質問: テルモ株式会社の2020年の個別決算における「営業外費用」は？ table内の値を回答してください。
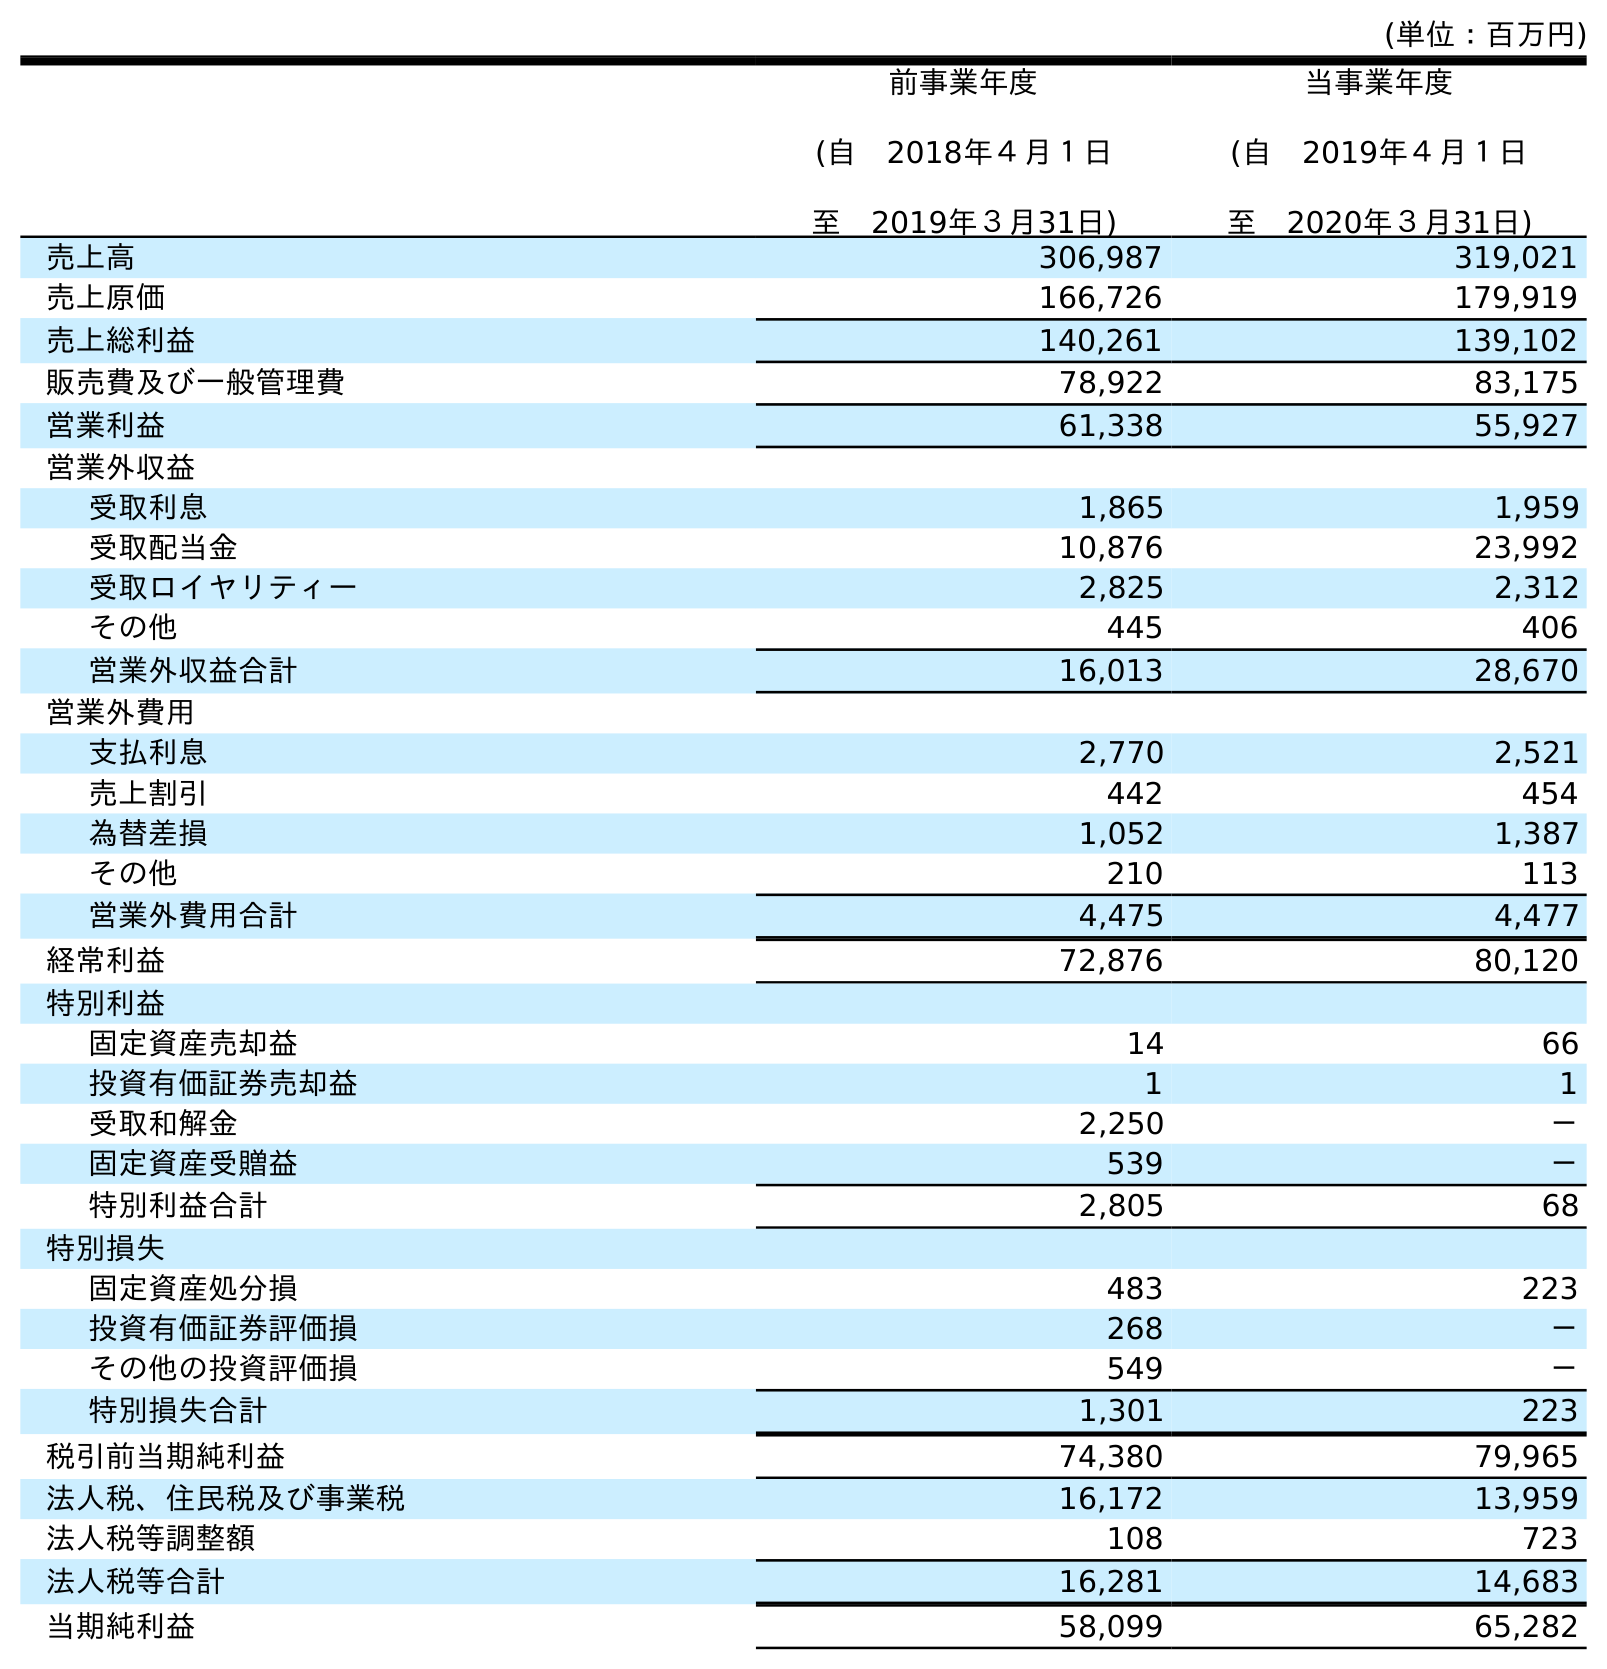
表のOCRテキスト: (単位：百万円) 前事業年度 (自 2018年４月１日 至 2019年３月31日) 当事業年度 (自 2019年４月１日 至 2020年３月31日) 売上高 306,987 319,021 売上原価 166,726 179,919 売上総利益 140,261 139,102 販売費及び一般管理費 78,922 83,175 営業利益 61,338 55,927 営業外収益 受取利息 1,865 1,959 受取配当金 10,876 23,992 受取ロイヤリティー 2,825 2,312 その他 445 406 営業外収益合計 16,013 28,670 営業外費用 支払利息 2,770 2,521 売上割引 442 454 為替差損 1,052 1,387 その他 210 113 営業外費用合計 4,475 4,477 経常利益 72,876 80,120 特別利益 固定資産売却益 14 66 投資有価証券売却益 1 1 受取和解金 2,250 － 固定資産受贈益 539 － 特別利益合計 2,805 68 特別損失 固定資産処分損 483 223 投資有価証券評価損 268 － その他の投資評価損 549 － 特別損失合計 1,301 223 税引前当期純利益 74,380 79,965 法人税、住民税及び事業税 16,172 13,959 法人税等調整額 108 723 法人税等合計 16,281 14,683 当期純利益 58,099 65,282
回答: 4,477